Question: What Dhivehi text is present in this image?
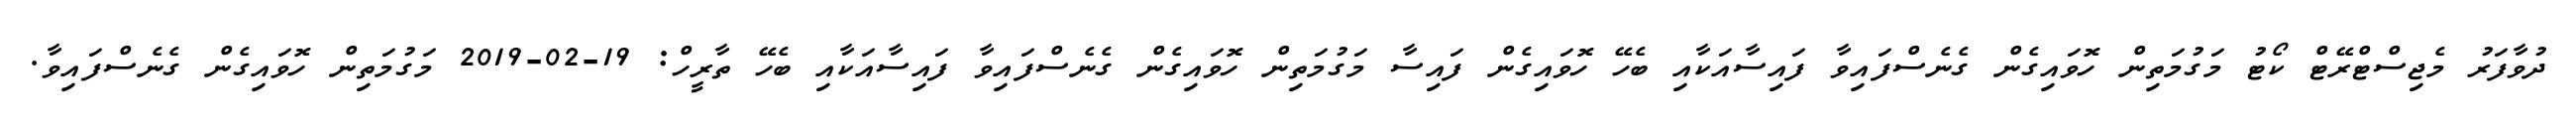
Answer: ދުވާފަރު މެޖިސްޓްރޭޓް ކޯޓު މަގުމަތިން ހޮވައިގެން ގެނެސްފައިވާ ފައިސާއަކާއި ބެހޭ ހޮވައިގެން ފައިސާ މަގުމަތިން ހޮވައިގެން ގެނެސްފައިވާ ފައިސާއަކާއި ބެހޭ ތާރީހް: 19-02-2019 މަގުމަތިން ހޮވައިގެން ގެނެސްފައިވާ.